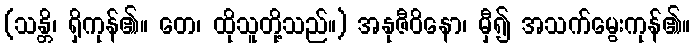
(သန္တိ၊ ရှိကုန်၏။ တေ၊ ထိုသူတို့သည်။) အနုဇီဝိနော၊ မှီ၍ အသက်မွေးကုန်၏။